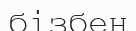
бізбен